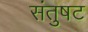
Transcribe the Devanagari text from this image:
संतुषट